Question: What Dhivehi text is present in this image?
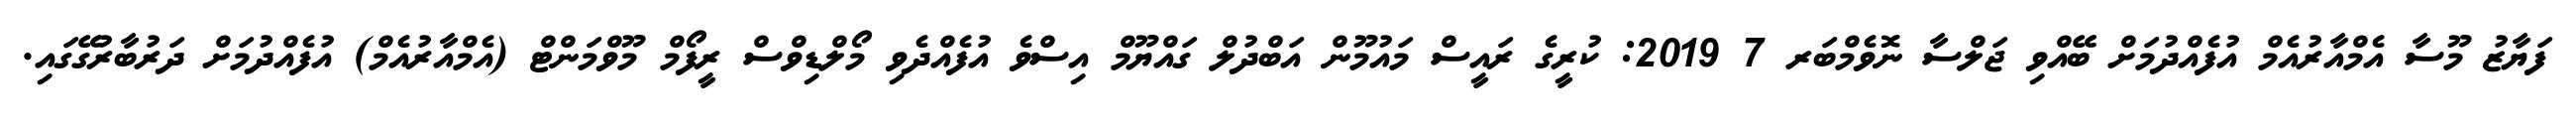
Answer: ފަޔާޒު މޫސާ އެމްއާރުއެމް އުފެއްދުމަށް ބޭއްވި ޖަލްސާ ނޮވެމްބަރ 7 2019: ކުރީގެ ރައީސް މައުމޫން އަބްދުލް ގައްޔޫމް އިސްވެ އުފެއްދެވި މޯލްޑިވްސް ރީފޯމް މޫވްމަންޓް (އެމްއާރުއެމް) އުފެއްދުމަށް ދަރުބާރުގޭގައި.